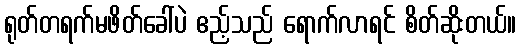
ရုတ်တရက်မဖိတ်ခေါ်ပဲ ဧည့်သည် ရောက်လာရင် စိတ်ဆိုးတယ်။